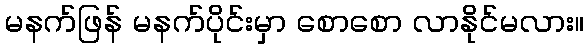
မနက်ဖြန် မနက်ပိုင်းမှာ စောစော လာနိုင်မလား။